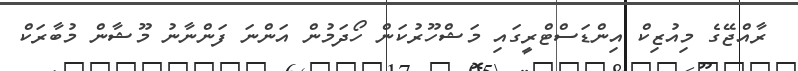
ރާއްޖޭގެ މިއުޒިކް އިންޑަސްޓްރީގައި މަޝްހޫރުކަން ހޯދަމުން އަންނަ ފަންނާނު މޫޝާން މުބާރަކް